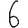
Digit: 6